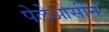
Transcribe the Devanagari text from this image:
पेलेओसीन